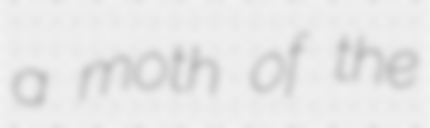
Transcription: a moth of the